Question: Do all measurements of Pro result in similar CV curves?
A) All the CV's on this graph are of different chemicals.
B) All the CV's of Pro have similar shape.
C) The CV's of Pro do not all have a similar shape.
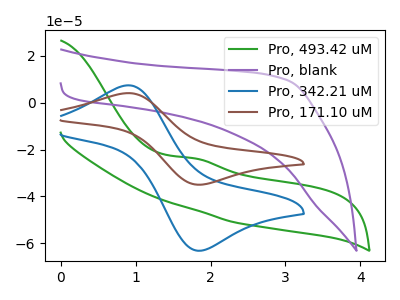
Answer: <think>The green curve "Pro, 493.42 uM" has an anodic peak at: (1.80V, -23.70uA). The purple curve "Pro, blank" has no peaks. The blue curve "Pro, 342.21 uM" has an anodic peak at (0.90V, 7.45uA) and a cathodic peak at (1.85V, -63.15uA). The brown curve "Pro, 171.10 uM" has an anodic peak at (0.90V, 4.15uA) and a cathodic peak at (1.85V, -34.95uA).
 "Pro, 493.42 uM" and "Pro, blank" have a different number of peaks. "Pro, 493.42 uM" and "Pro, 342.21 uM" have a different number of peaks. "Pro, 493.42 uM" and "Pro, 171.10 uM" have a different number of peaks. "Pro, blank" and "Pro, 342.21 uM" have a different number of peaks. "Pro, blank" and "Pro, 171.10 uM" have a different number of peaks. All the peaks in "Pro, 342.21 uM" have a peak in "Pro, 171.10 uM" at the same potential. Every peak in "Pro, 342.21 uM" is higher than every peak in "Pro, 171.10 uM".</think>
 <answer>B) All the CV's of "Pro" have similar shape.</answer>
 <eval>B</eval>